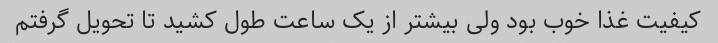
کیفیت غذا خوب بود ولى بیشتر از یک ساعت طول کشید تا تحویل گرفتم